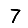
Digit: 7